Report of the Hyderabad Chloroform Commission
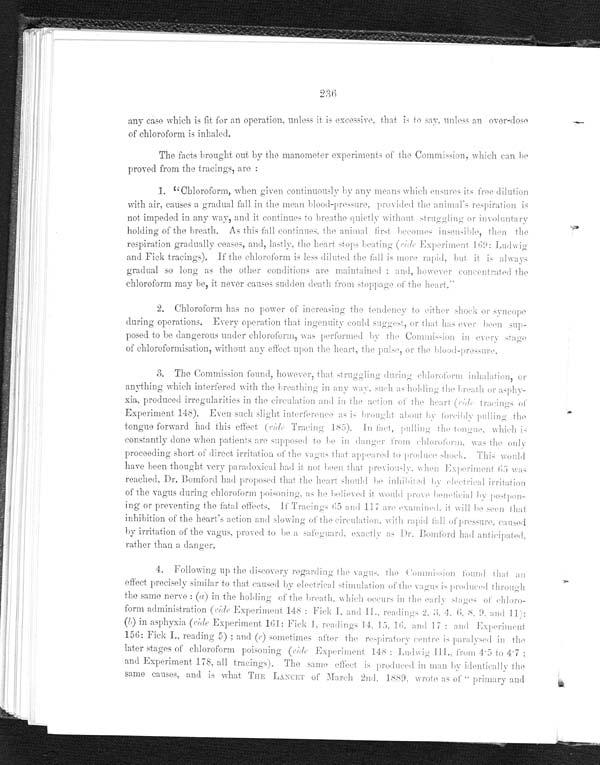
236
any case which is fit for an operation, unless it is excessive, that is to say, unless an over-dose
of chloroform is inhaled.
The facts brought out by the manometer experiments of the Commission, which can be
proved from the tracings, are:
1. "Chloroform, when given continuously by any means which ensures its free dilution
with air, causes a gradual fall in the mean blood-pressure, provided the animal's respiration is
not impeded in any way, and it continues to breathe quietly without struggling or involuntary
holding of the breath. As this fall continues, the animal first becomes insensible, then the
respiration gradually ceases, and, lastly, the heart stops heating (ride Experiment 169: Ludwig
and Fick tracings). If the chloroform is less diluted the fall is more rapid, but it is always
gradual so long as the other conditions are maintained; and, however concentrated the
chloroform may be, it never causes sudden death from stoppage of the heart."
2. Chloroform has no power of increasing the tendency to either shock or syncope
during operations. Every operation that ingenuity could suggest, or that has ever been sup-
posed to be dangerous under chloroform, was performed by the Commission in every stage
of chloroformisation, without any effect upon the heart, the pulse, or the blood-pressure.
3. The Commission found, however, that struggling during chloroform inhalation, or
anything which interfered with the breathing in any way, such as holding the breath or asphy-
xia, produced irregularities in the circulation and in the action of the heart (ride tracings of
Experiment 148). Even such slight interference a s is brought about by forcibly pulling the
tongue forward had this effect ( ride Tracing 185). I n fact, pulling the tongue, which is
constantly done when patients are supposed to be in danger from chloroform, was the only
proceeding short a direct irritation of the vagus that appeared to produce shock. This would
have been thought very paradoxical had it not been that previously. when Experiment 65 was
reached, Dr. Bomford had proposed that the heart should be inhibited by electrical irritation
of the vagus during chloroform poisoning, as he believed it would prove beneficial by postpon-
-ing or preventing the fatal effects. If Tracings 65 and 117 a re examined, it will be seen that
inhibition of the heart's action and slowing of the circulation, with rapid fall of pressure,c a u s e d
by irritation of the vagus, proved to be a safeguard, exactly as Dr. Bomford had anticipated,
rather than a danger.
4. Following up the discovery regarding the vagus, the Commission found that an
effect precisely similar to that caused by electricals t i m u l a t i o n o f t h e v a g u s i s p r o d u c e d t h r o u g h
the same nerve: ( a ) in the holding of the breath, which occurs in the early stages of chloro--
form administration ( ride Experiment 148: Fick I. and II., readings 2, 4. 6 8, 9. and 11):
( b ) i n a s p h y x i a
( r i d e
E x p e r i m e n t
1 6 1 :
F i c k 1 . r e a d i n g s
1 4 , 1 5 , 1 6 ,
a n d 1 7 : a n d E x p e r i m e n t
156: Fick I., reading 5); and (c) sometimes after the respiratory centre is paralysed in the
later stages of chloroform poisoning ( ride Experiment 148: Ludwig III., from 4 . 5 to 4 . 7:
and Experiment 178, all tracings). The same effect is produced in man by identically the
s a m e c a u s e s , a n d i s w h a t T H E L A N C E T o f M a r c h 2 n d . 1 8 8 9 , w r o t e a s o f " p r i m a r y a n d